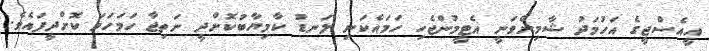
އީއެސްޖީގެ އަހުމަދު ޝާމިންވަނީ އެޓީމުންޖެހި ހަމައެކަނި ލަނޑު ކާމިޔާބުކޮށްދީ ނަތިޖާ ހަމަހަމަ ކޮށްދީފައެވެ.